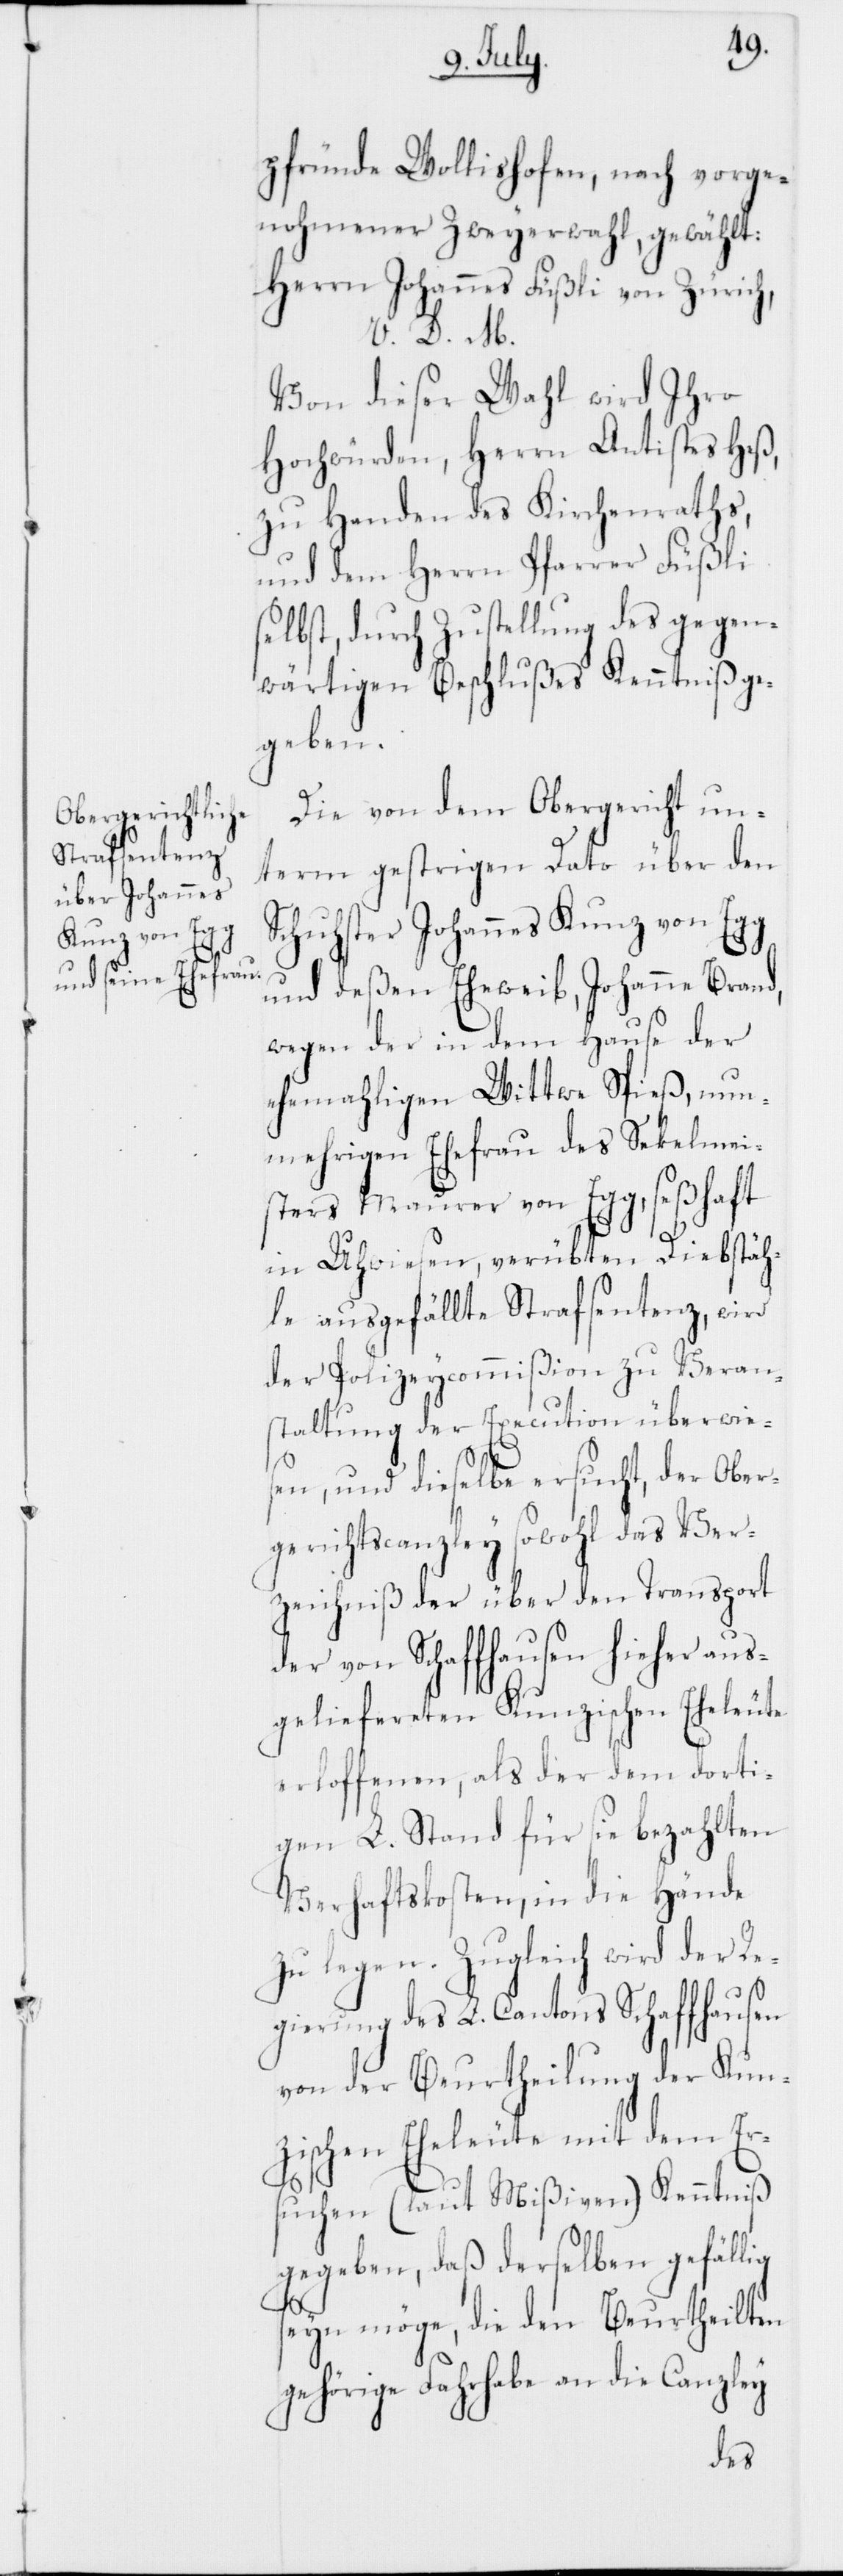
pfründe Wollishofen, nach vorge¬
nohmener Zweyerwahl, gewählt:
Herrn Johannes Füßli von Zürich,
V. D. M.
Von dieser Wahl wird Ihro
Hochwürden, Herrn Antistes Heß,
zu Handen des Kirchenraths,
und dem Herrn Pfarrer Füßli
selbst, durch Zustellung des gegen¬
wärtigen Beschlußes Kenntniß ge¬
geben.
Die von dem Obergericht un¬
term gestrigen Dato über den
Schuhster Johannes Kunz von Egg
und deßen Eheweib, Johanne Brand,
wegen der in dem Hause der
ehemahligen Wittwe Spieß, nun¬
mehrigen Ehefrau des Sekelmei¬
sters Maurer von Egg, seßhaft
in Uhwiesen, verübten Diebstäh¬
le ausgefällte Strafsentenz, wird
der Polizeycommißion zu Veran¬
staltung der Execution überwies¬
en, und dieselbe ersucht, der Ober¬
gerichtscanzley sowohl das Ver¬
zeichniß der über den Transport
der von Schaffhausen hieher aus¬
geliefereten Kunzischen Eheleute
erloffenen, als der dem dorti¬
gen L. Stand für sie bezahlten
Verhaftskosten, in die Hände
zu legen. Zugleich wird der Re¬
gierung des L. Cantons Schaffhausen
von der Beurtheilung der Kun¬
zischen Eheleute mit dem Er¬
suchen (laut Mißiven) Kenntniß
gegeben, daß derselben gefällig
seyn möge, die den Beurtheilten
gehörige Fahrhabe an die Canzley